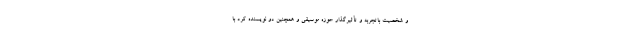
و شخصیت باتجربه و تأثیرگذار حوزه موسیقی و همچنین دو نویسنده کُرد با